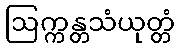
ဩက္ကန္တသံယုတ္တံ